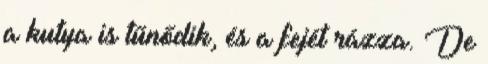
a kutya is tűnődik, és a fejét rázza. De